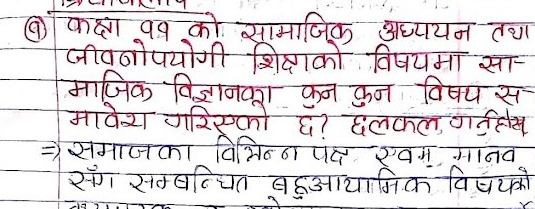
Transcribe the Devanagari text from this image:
@ कक्षा ११ को सामाजिक अध्ययन तथा
जीवनोपयोगी शिक्षाको विषयमा सा-
माजिक विज्ञानका कुन कुन विषय स
मावेश गरिएको छ? छलफल गर्नुहोस
= समाजका विभिन्न पक्ष एवम् मानव
सँग सम्बन्धित बहुआयामिक विषयको